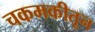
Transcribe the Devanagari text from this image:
चकमकीतून